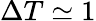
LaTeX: \Delta T\simeq 1